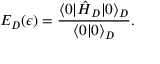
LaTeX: E _ { D } ( \epsilon ) = { \frac { \langle 0 | \hat { H } _ { D } | 0 \rangle _ { D } } { \langle 0 | 0 \rangle _ { D } } } .